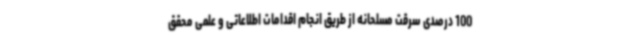
100 درصدی سرقت مسلحانه از طریق انجام اقدامات اطلاعاتی و علمی محقق